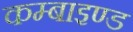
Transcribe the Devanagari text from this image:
कम्बाइण्ड